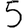
Digit: 5